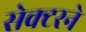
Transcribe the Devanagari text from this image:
सेक्टरने